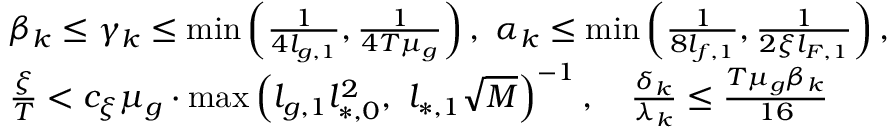
\begin{array} { r l } & { \beta _ { k } \le \gamma _ { k } \le \operatorname* { m i n } \left( \frac { 1 } { 4 l _ { g , 1 } } , \frac { 1 } { 4 T \mu _ { g } } \right) , \ \alpha _ { k } \le \operatorname* { m i n } \left( \frac { 1 } { 8 l _ { f , 1 } } , \frac { 1 } { 2 \xi l _ { F , 1 } } \right) , } \\ & { \frac { \xi } { T } < c _ { \xi } \mu _ { g } \cdot \operatorname* { m a x } \left( l _ { g , 1 } l _ { * , 0 } ^ { 2 } , \ l _ { * , 1 } \sqrt { M } \right) ^ { - 1 } , \quad \frac { \delta _ { k } } { \lambda _ { k } } \le \frac { T \mu _ { g } \beta _ { k } } { 1 6 } } \end{array}